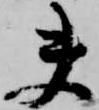
夫